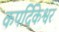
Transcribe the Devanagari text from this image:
कपर्दिकेश्वर